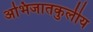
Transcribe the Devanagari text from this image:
अभिजातकुलीय